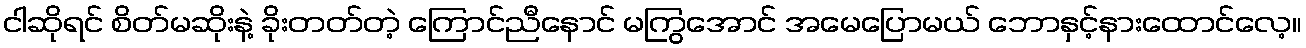
ငါဆိုရင် စိတ်မဆိုးနဲ့ ခိုးတတ်တဲ့ ကြောင်ညီနောင် မကြွအောင် အမေပြောမယ် ဘောနှင့်နားထောင်လေ့။